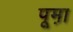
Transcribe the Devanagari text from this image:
पूम़ा